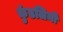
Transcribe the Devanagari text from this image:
कुंडलिनी